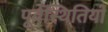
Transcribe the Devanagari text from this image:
पूर्वस्थितियों